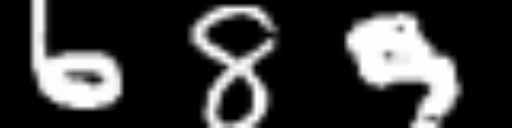
Text: 689